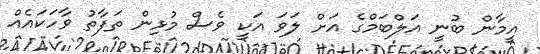
އީމާން ބުނީ އަލްބަމްގެ އަށް ލަވަ އަކީ ވެސް މުޅިން ތަފާތު ވާހަކައެއް